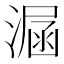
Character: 𣼇